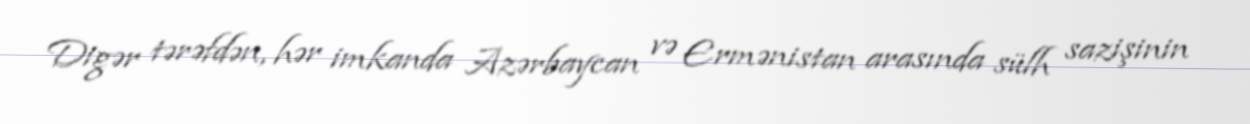
Digər tərəfdən, hər imkanda Azərbaycan və Ermənistan arasında sülh sazişinin